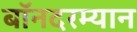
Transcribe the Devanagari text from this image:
बॉनदरम्यान